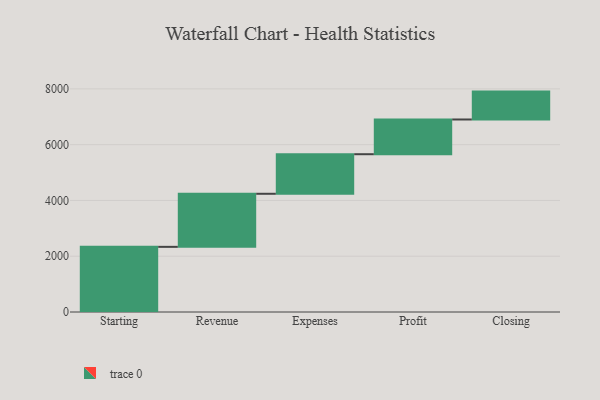
{"axis": {"x": "Step", "y": "Value"}, "legend": [""], "data": [{"x": "Starting", "y": 2336.0, "type": ""}, {"x": "Revenue", "y": 1903.0, "type": ""}, {"x": "Expenses", "y": 1419.0, "type": ""}, {"x": "Profit", "y": 1245.0, "type": ""}, {"x": "Closing", "y": 1000, "type": ""}]}